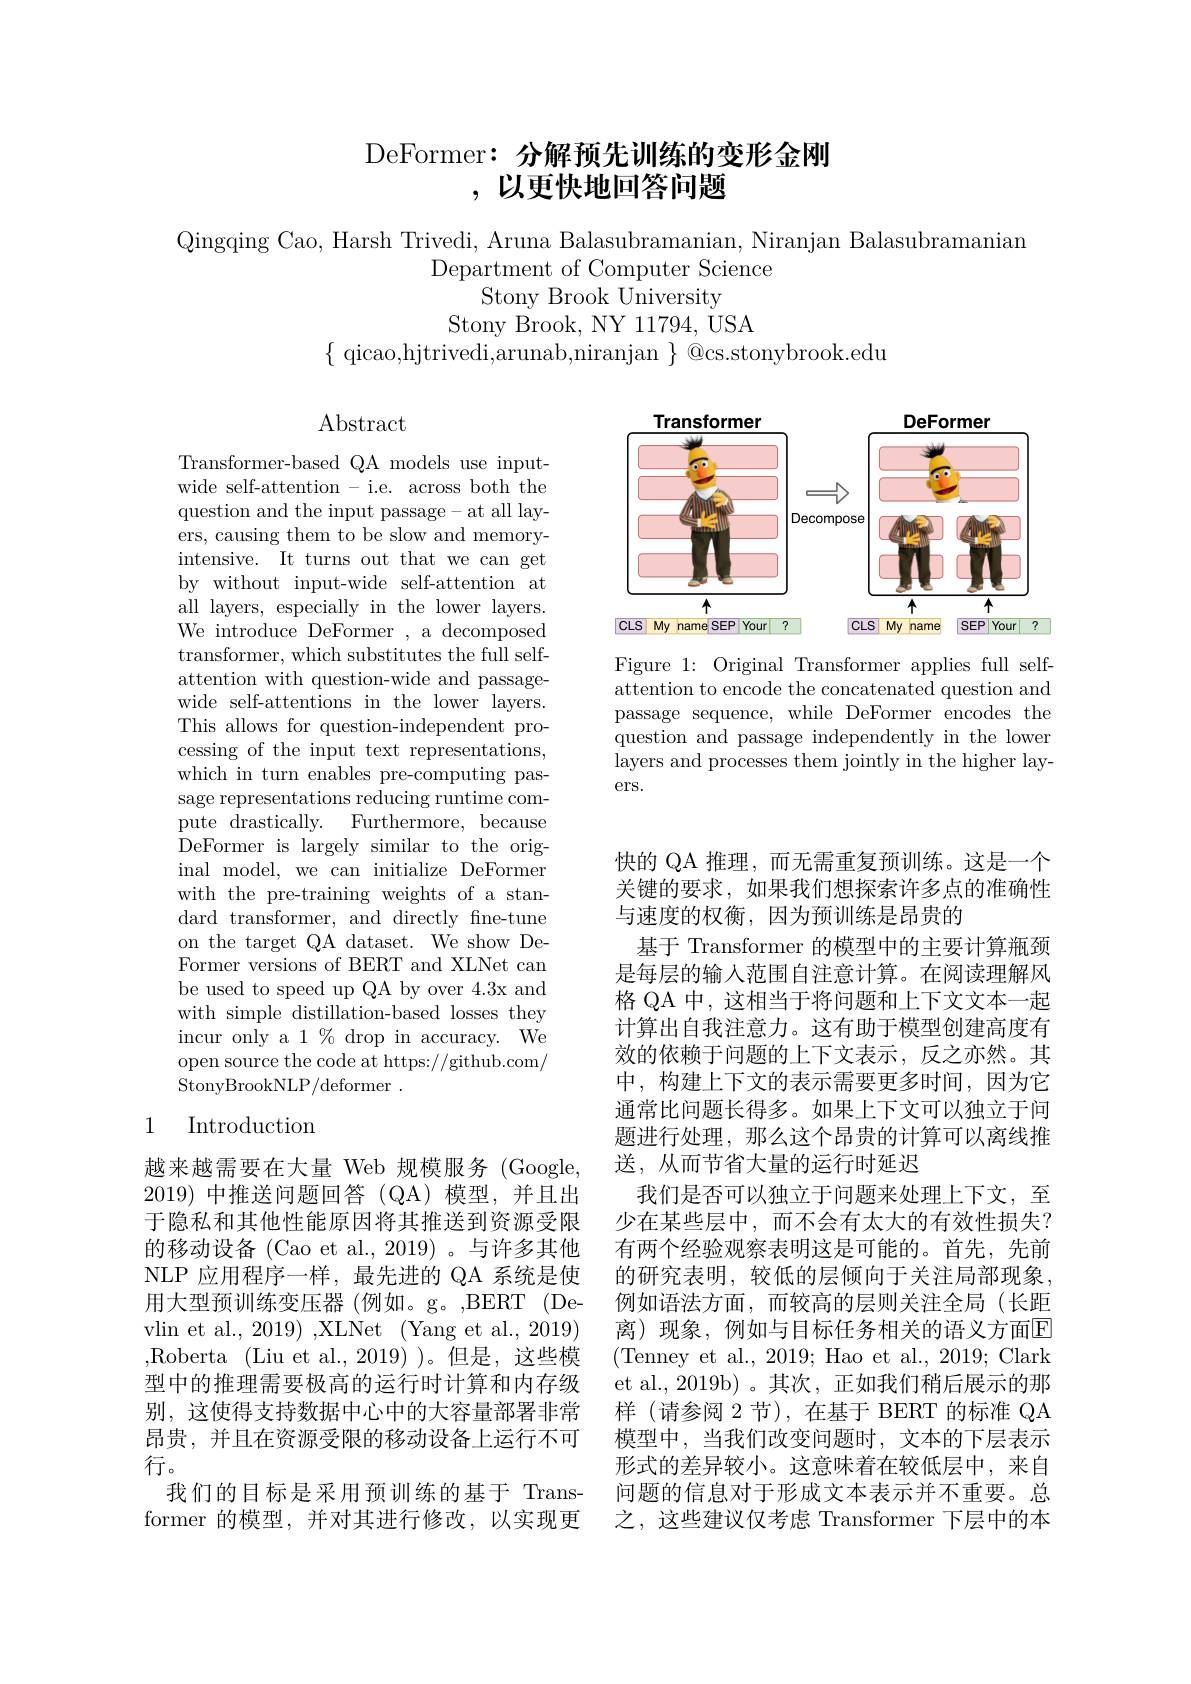
## DeFormer: 分解预先训练的变形金刚,以更快地回答问题

Qingqing Cao, Harsh Trivedi, Aruna Balasubramanian, Niranjan Balasubramanian
Department of Computer Science
Stony Brook University
Stony Brook, NY 11794, USA
$\{$ qicao,hjtrivedi,arunab,niranjan $\}$ @cs.stonybrook.edu

$\operatorname{Abstract}$

<FigureHere>

Figure 1: Original Transformer applies full selfattention to encode the concatenated question and passage sequence, while DeFormer encodes the question and passage independently in the lower layers and processes them jointly in the higher layers.

Transformer-based QA models use inputwide self-attention - i.e. across both the question and the input passage- at all layers, causing them to be slow and memoryintensive. It turns out that we can get by without input-wide self-attention at all layers, especially in the lower layers. We introduce DeFormer , a decomposed transformer, which substitutes the full selfattention with question-wide and passagewide self-attentions in the lower layers. This allows for question-independent processing of the input text representations, which in turn enables pre-computing passage representations reducing runtime compute ${\mathrm{drastically. }}$ ${\mathrm{Furthermore, }}$ ${\mathrm{because}}$ ${\mathrm{DeFormer~is~largely~similar~to~the~orig-}}$ inal model, we can initialize DeFormer with the pre-training weights of a standard transformer, and directly fine-tune on the target QA dataset. We show DeFormer versions of BERT and XLNet can be used to speed up QA by over 4.3x and with simple distillation-based losses they incur only a 1 % drop in accuracy. We open source the code at https://github.com/ StonyBrookNLP/deformer .

## 1 Introduction

快的 QA 推理，而无需重复预训练。这是一个关键的要求，如果我们想探索许多点的准确性与速度的权衡，因为预训练是昂贵的
基于 Transformer 的模型中的主要计算瓶颈是每层的输入范围自注意计算。在阅读理解风格 QA 中，这相当于将问题和上下文文本一起计算出自我注意力。这有助于模型创建高度有效的依赖于问题的上下文表示，反之亦然。其中，构建上下文的表示需要更多时间，因为它通常比问题长得多。如果上下文可以独立于间题进行处理，那么这个昂贵的计算可以离线推送，从而节省大量的运行时延迟
我们是否可以独立于问题来处理上下文，至少在某些层中，而不会有太大的有效性损失？ 有两个经验观察表明这是可能的。首先，先前的研究表明，较低的层倾向于关注局部现象。例如语法方面，而较高的层则关注全局(长距离)现象，例如与目标任务相关的语义方面E (Tenney et al., 2019; Hao et al., 2019; Clark et al.,2019b)。其次，正如我们稍后展示的那样(请参阅 2 节),在基于 BERT 的标准 QA 模型中，当我们改变问题时，文本的下层表示形式的差异较小。这意味着在较低层中，来自问题的信息对于形成文本表示并不重要。总之，这些建议仅考虑 Transformer 下层中的本

越来越需要在大量 Web 规模服务 (Google, 2019)中推送问题回答(QA)模型，并且出于隐私和其他性能原因将其推送到资源受限的移动设备(Cao et al., 2019)。与许多其他NLP 应用程序一样，最先进的 QA 系统是使用大型预训练变压器 (例如。g。,BERT (Devlin et al., 2019) ,XLNet (Yang et al., 2019) ,Roberta (Liu et al.,2019) )。但是，这些模型中的推理需要极高的运行时计算和内存级别，这使得支持数据中心中的大容量部署非常昂贵，并且在资源受限的移动设备上运行不可行。
我们的目标是采用预训练的基于 Transformer 的模型，并对其进行修改，以实现更